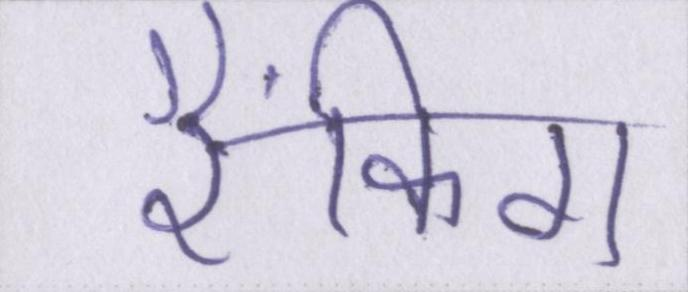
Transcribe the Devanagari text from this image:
रैंकिग